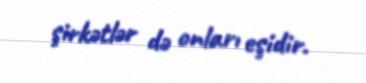
şirkətlər də onları eşidir.